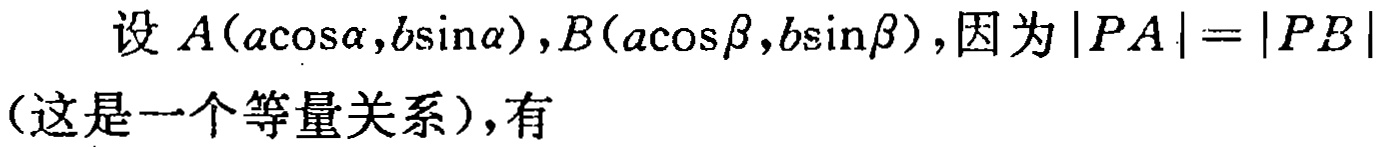
设 \(A(a\cos\alpha,b\sin\alpha),B(a\cos\beta,b\sin\beta)\)，因为 \(|PA| = |PB|\)（这是一个等量关系），有